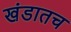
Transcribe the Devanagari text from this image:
खंडातच